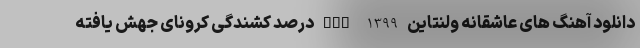
دانلود آهنگ های عاشقانه ولنتاین 1399 nan درصد کشندگی کرونای جهش یافته